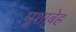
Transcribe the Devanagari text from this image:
मुशाबेह